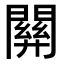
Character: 𨵿